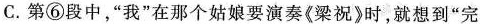
C.第⑥段中"我”在那个姑娘要演奏《梁祝》时，就想到“完